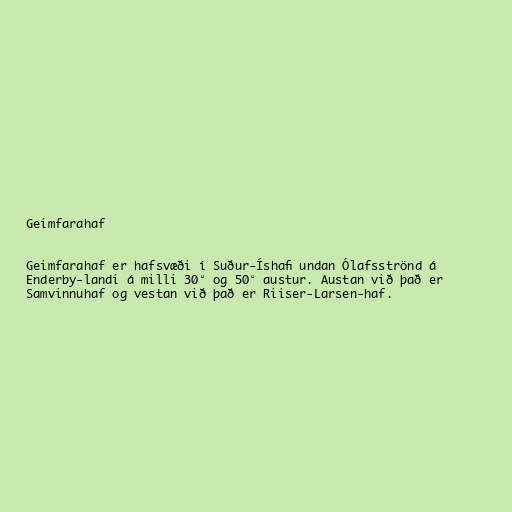
Geimfarahaf

Geimfarahaf er hafsvæði í Suður-Íshafi undan Ólafsströnd á
Enderby-landi á milli 30° og 50° austur. Austan við það er
Samvinnuhaf og vestan við það er Riiser-Larsen-haf.